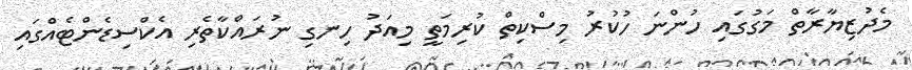
މެދުޒިޔާރާތް މަގުގައި ހުންނަ ހުކުރު މިސްކިތް ކުރިމަތީ މިއަދު ހިނގި ނުރައްކާތެރި އެކްސިޑެންޓެއްގައި